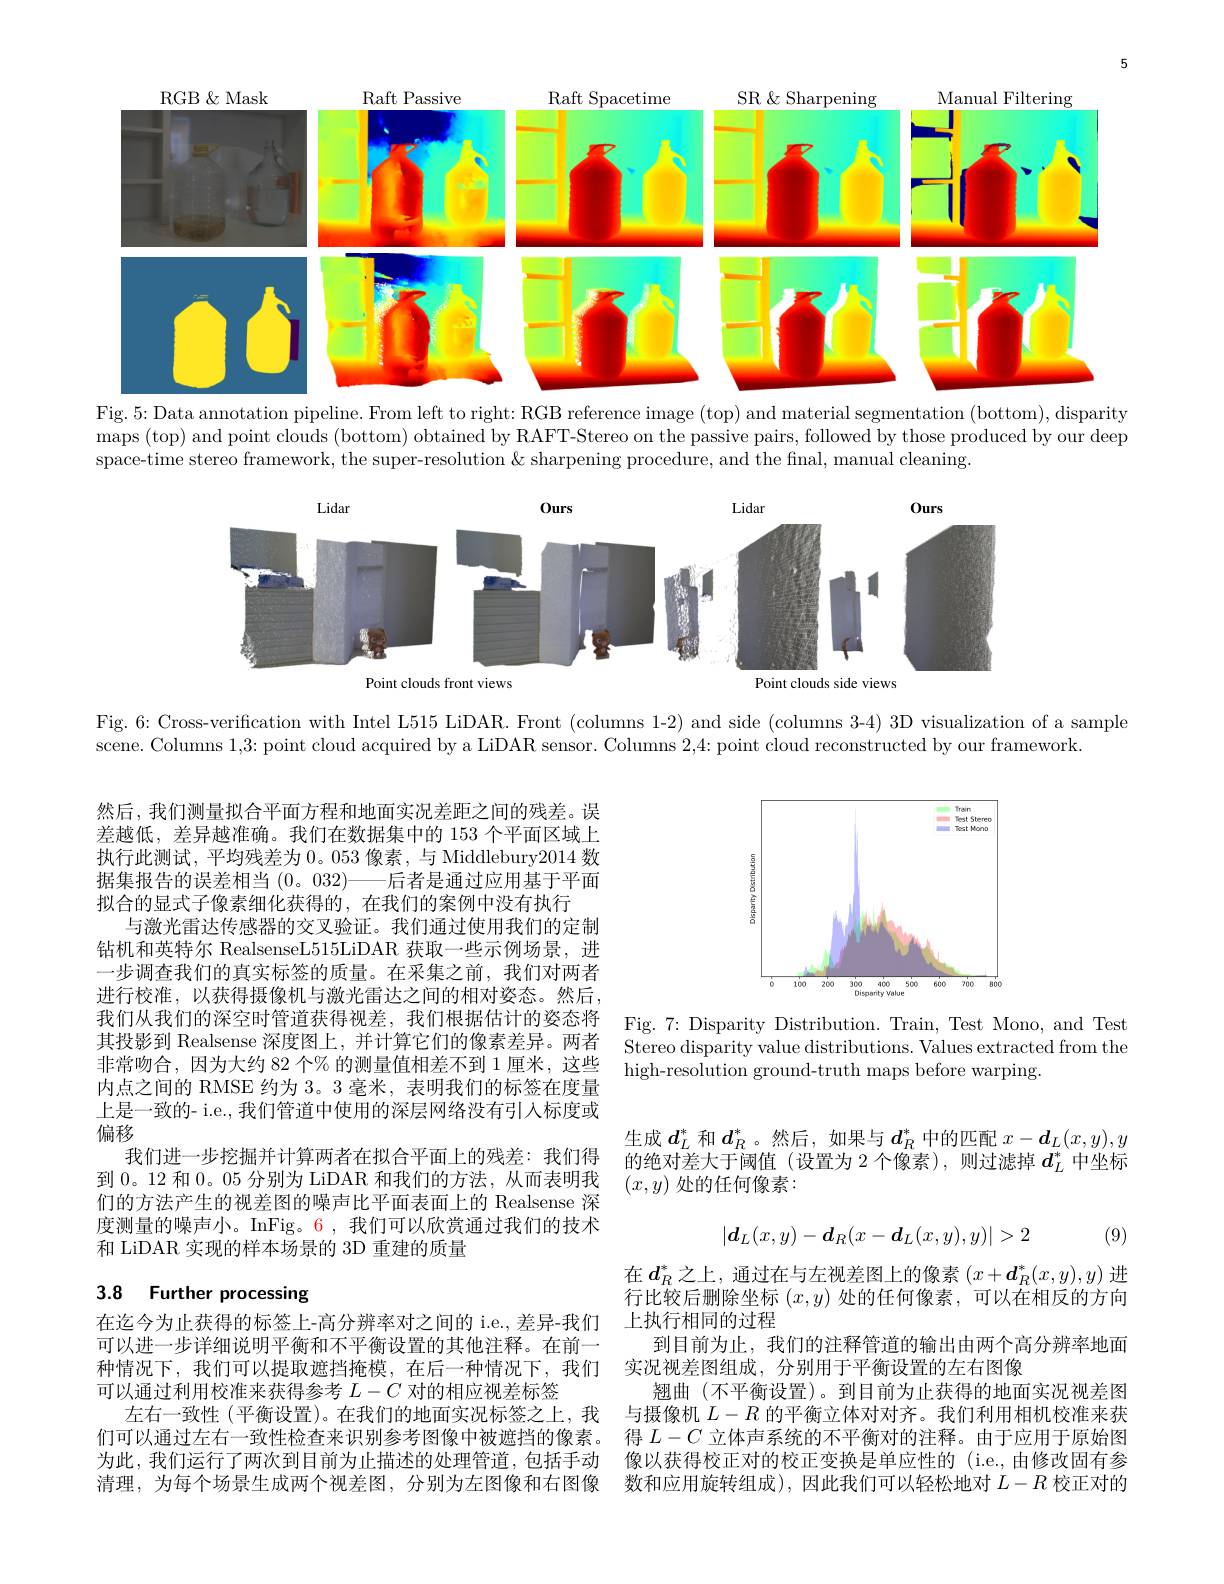
<FigureHere>

Fig. 5: Data annotation pipeline. From left to right: RGB reference image (top) and material segmentation (bottom), disparity maps (top) and point clouds (bottom) obtained by RAFT-Stereo on the passive pairs, followed by those produced by our deep space-time stereo framework, the super-resolution & sharpening procedure, and the final, manual cleaning.

<FigureHere>

Fig. 6: Cross-verification with Intel L515 LiDAR. Front (columns 1-2) and side (columns 3-4) 3D visualization of a sample

scene. Columns 1,3: point cloud acquired by a LiDAR sensor. Columns 2,4: point cloud reconstructed by our framework.

<FigureHere>

然后，我们测量拟合平面方程和地面实况差距之间的残差。误差越低，差异越准确。我们在数据集中的 153 个平面区域上执行此测试，平均残差为0。053 像素，与 Middlebury2014 数据集报告的误差相当(0。032)——后者是通过应用基于平面拟合的显式子像素细化获得的，在我们的案例中没有执行
与激光雷达传感器的交叉验证。我们通过使用我们的定制钻机和英特尔 RealsenseL515LiDAR 获取一些示例场景，进一步调查我们的真实标签的质量。在采集之前，我们对两者进行校准，以获得摄像机与激光雷达之间的相对姿态。然后， 我们从我们的深空时管道获得视差，我们根据估计的姿态将其投影到 Realsense 深度图上，并计算它们的像素差异。两者非常吻合，因为大约 82 个% 的测量值相差不到 1 厘米，这些内点之间的 RMSE 约为3。3毫米，表明我们的标签在度量上是一致的- i.e., 我们管道中使用的深层网络没有引入标度或偏移
我们进一步挖掘并计算两者在拟合平面上的残差：我们得
到0。12 和0。05 分别为 LiDAR 和我们的方法，从而表明我 $( x, y)$ 处的任何像素：
们的方法产生的视差图的噪声比平面表面上的 Realsense 深度测量的噪声小。InFig。6,我们可以欣赏通过我们的技术和 LiDAR 实现的样本场景的 3D 重建的质量

Fig. 7: Disparity Distribution. Train, Test Mono, and Test Stereo disparity value distributions. Values extracted from the high-resolution ground-truth maps before warping.

生成$d_L^*$和$d_R^*$。然后，如果与$d_R^*$中的匹配$x-\boldsymbol d_L(x,y),y$ 的绝对差大于阈值 (设置为 2 个像素),则过滤掉$d_L^*$中坐标
$$|\boldsymbol{d}_L(x,y)-\boldsymbol{d}_R(x-\boldsymbol{d}_L(x,y),y)|>2$$
(9)

# 3.8 Further processing

在$d_R^*$之上，通过在与左视差图上的像素$\left(x+\boldsymbol{d}_R^*(x,y),y\right)$进行比较后删除坐标$(x,y)$处的任何像素，可以在相反的方向上执行相同的过程
到目前为止，我们的注释管道的输出由两个高分辨率地面
种情况下，我们可以提取遮挡掩模，在后一种情况下，我们 实况视差图组成，分别用于平衡设置的左右图像
翘曲 (不平衡设置)。到目前为止获得的地面实况视差图与摄像机$L-R$的平衡立体对对齐。我们利用相机校准来获得$L-C$立体声系统的不平衡对的注释。由于应用于原始图像以获得校正对的校正变换是单应性的 (i.e.,由修改固有参数和应用旋转组成),因此我们可以轻松地对$L-R$校正对的

在迄今为止获得的标签上-高分辨率对之间的 i.e., 差异-我们可以进一步详细说明平衡和不平衡设置的其他注释。在前一可以通过利用校准来获得参考$L-C$对的相应视差标签
左右一致性(平衡设置)。在我们的地面实况标签之上，我们可以通过左右一致性检查来识别参考图像中被遮挡的像素。为此，我们运行了两次到目前为止描述的处理管道，包括手动清理，为每个场景生成两个视差图，分别为左图像和右图像